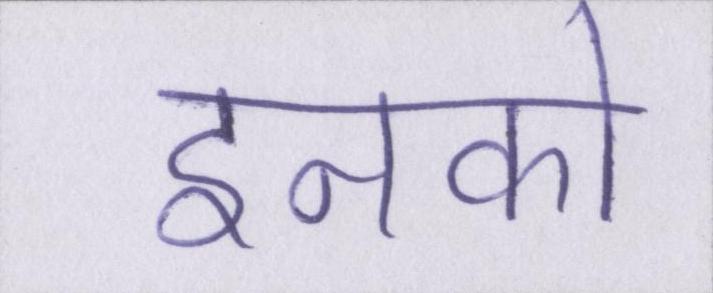
इनको